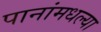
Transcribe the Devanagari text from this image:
पानांमधल्या